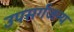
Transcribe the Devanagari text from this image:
उपसर्गजन्य